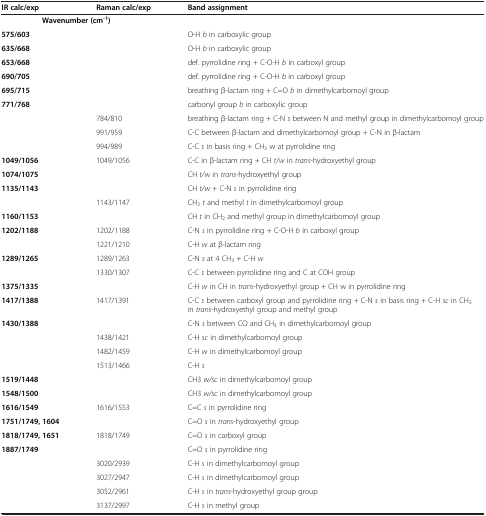
<table><thead><tr><td><b>IR calc/exp</b></td><td><b>Raman calc/exp</b></td><td><b>Band assignment</b></td></tr></thead><tbody><tr><td colspan="2"><b>Wavenumber (cm</b><sup><b>-1</b></sup><b>)</b></td><td> </td></tr><tr><td><b>575/603</b></td><td> </td><td>O-H <i>b</i> in carboxylic group</td></tr><tr><td><b>635/668</b></td><td> </td><td>O-H <i>b</i> in carboxylic group</td></tr><tr><td><b>653/668</b></td><td> </td><td>def. pyrrolidine ring + C-O-H <i>b</i> in carboxyl group</td></tr><tr><td><b>690/705</b></td><td> </td><td>def. pyrrolidine ring + C-O-H <i>b</i> in carboxyl group</td></tr><tr><td><b>695/715</b></td><td> </td><td>breathing β-lactam ring + C=O <i>b</i> in dimethylcarbomoyl group</td></tr><tr><td><b>771/768</b></td><td> </td><td>carbonyl group <i>b</i> in carboxylic group</td></tr><tr><td> </td><td>784/810</td><td>breathing β-lactam ring + C-N <i>s</i> between N and methyl group in dimethylcarbomoyl group</td></tr><tr><td> </td><td>991/959</td><td>C-C between β-lactam and dimethylcarbomoyl group + C-N in β-lactam</td></tr><tr><td> </td><td>994/989</td><td>C-C <i>s</i> in basis ring + CH<sub>3</sub> w at pyrrolidine ring</td></tr><tr><td><b>1049/1056</b></td><td>1049/1056</td><td>C-C in β-lactam ring + CH <i>t</i>/<i>w</i> in <i>trans</i>-hydroxyethyl group</td></tr><tr><td><b>1074/1075</b></td><td> </td><td>CH <i>t/w</i> in <i>trans</i>-hydroxyethyl group</td></tr><tr><td><b>1135/1143</b></td><td> </td><td>CH <i>t/w</i> + C-N <i>s</i> in pyrrolidine ring</td></tr><tr><td> </td><td>1143/1147</td><td>CH<sub>2</sub><i>t</i> and methyl <i>t</i> in dimethylcarbomoyl group</td></tr><tr><td><b>1160/1153</b></td><td> </td><td>CH <i>t</i> in CH<sub>2</sub> and methyl group in dimethylcarbomoyl group</td></tr><tr><td><b>1202/1188</b></td><td>1202/1188</td><td>C-N <i>s</i> in pyrrolidine ring + C-O-H <i>b</i> in carboxyl group</td></tr><tr><td> </td><td>1221/1210</td><td>C-H <i>w</i> at β-lactam ring</td></tr><tr><td><b>1289/1265</b></td><td>1289/1263</td><td>C-N <i>s</i> at 4 CH<sub>3</sub> + C-H <i>w</i></td></tr><tr><td> </td><td>1330/1307</td><td>C-C <i>s</i> between pyrrolidine ring and C at COH group</td></tr><tr><td><b>1375/1335</b></td><td> </td><td>C-H <i>w</i> in CH in <i>trans</i>-hydroxyethyl group + CH w in pyrrolidine ring</td></tr><tr><td><b>1417/1388</b></td><td>1417/1391</td><td>C-C <i>s</i> between carboxyl group and pyrrolidine ring + C-N <i>s</i> in basis ring + C-H <i>sc</i> in CH<sub>3</sub> in <i>trans</i>-hydroxyethyl group and methyl group</td></tr><tr><td><b>1430/1388</b></td><td> </td><td>C-N <i>s</i> between CO and CH<sub>3</sub> in dimethylcarbomoyl group</td></tr><tr><td> </td><td>1438/1421</td><td>C-H <i>sc</i> in dimethylcarbomoyl group</td></tr><tr><td> </td><td>1482/1459</td><td>C-H <i>w</i> in dimethylcarbomoyl group</td></tr><tr><td> </td><td>1513/1466</td><td>C-H <i>s</i></td></tr><tr><td><b>1519/1448</b></td><td> </td><td>CH3 <i>w/sc</i> in dimethylcarbomoyl group</td></tr><tr><td><b>1548/1500</b></td><td> </td><td>CH3 <i>w/sc</i> in dimethylcarbomoyl group</td></tr><tr><td><b>1616/1549</b></td><td>1616/1553</td><td>C=C <i>s</i> in pyrrolidine ring</td></tr><tr><td><b>1751/1749, 1604</b></td><td> </td><td>C=O <i>s</i> in <i>trans</i>-hydroxyethyl group</td></tr><tr><td><b>1818/1749, 1651</b></td><td>1818/1749</td><td>C=O <i>s</i> in carboxyl group</td></tr><tr><td><b>1887/1749</b></td><td> </td><td>C=O <i>s</i> in pyrrolidine ring</td></tr><tr><td> </td><td>3020/2939</td><td>C-H <i>s</i> in dimethylcarbomoyl group</td></tr><tr><td> </td><td>3027/2947</td><td>C-H <i>s</i> in dimethylcarbomoyl group</td></tr><tr><td> </td><td>3052/2961</td><td>C-H <i>s</i> in <i>trans</i>-hydroxyethyl group group</td></tr><tr><td> </td><td>3137/2997</td><td>C-H <i>s</i> in methyl group</td></tr></tbody></table>